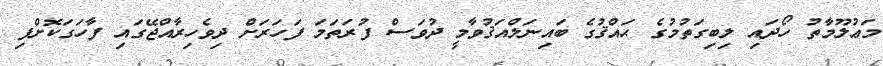
މަޢުލޫމާތު ހޯދައި ލިބިގަތުމުގެ ޙައްޤުގެ ބައިނަލްއަޤުވާމީ ދުވަސް ފުރަތަމަ ފަހަރަށް ދިވެހިރާއްޖޭގައި ފާހަގަކޮށްފި